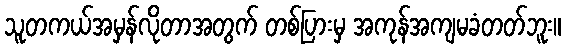
သူတကယ်အမှန်လိုတာအတွက် တစ်ပြားမှ အကုန်အကျမခံတတ်ဘူး။